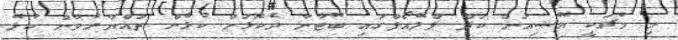
މި މެޗަކީ އޭޝިއަން ކަޕް ޕްލޭއޯފްގައި ބޫޓާނާ ދެކޮޅަށް ކުޅެން ތައްޔާރުވާން ކުޅޭ